Report on vaccination in Madras 1895-1903 - 1895-1903
Year: 1895
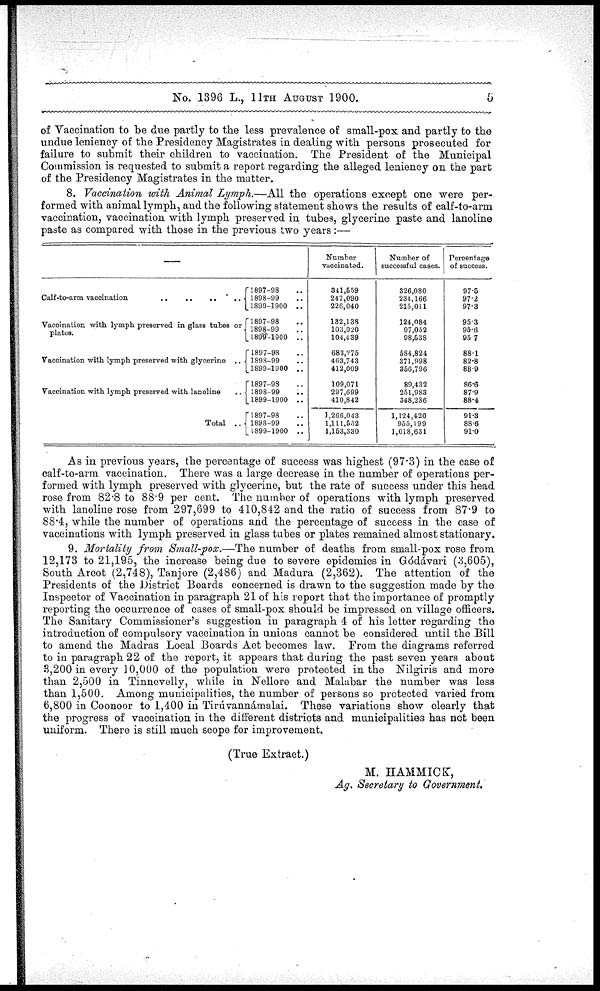
No. 1396 L., 11TH AUGUST 1900.
5
of Vaccination to be due partly to the less prevalence of small-pox and partly to the
undue leniency of the Presidency Magistrates in dealing with persons prosecuted for
failure to submit their children to vaccination. The President of the Municipal
Commission is requested to submit a report regarding the alleged leniency on the part
of the Presidency Magistrates in the matter.
8. Vaccination with Animal Lymph.—All the operations except one were per-
formed with animal lymph, and the following statement shows the results of calf-to-arm
vaccination, vaccination with lymph preserved in tubes, glycerine paste and lanoline
paste as compared with those in the previous two years:—
—
Vaccination with lymph preserved in glass tabes or
plates.
Vaccination with lymph preserved with glycerine ..
Vaccination with lymph preserved with lanoline
Total ..
1897-98 ..
1898-99 ..
1899-1900 ..
1897-98 ..
1898-99 ..
1899-1900 ..
1897-98 ..
1898-99 ..
1899-1900 ..
1897-93 ..
1898-99 ..
1899-1900 ..
1897-98 ..
1898-99 ..
1899-1900 ..
Number
vaccinated.
341,559
247,090
226,040
182,138
103,020
104,439
683,275
463,743
412,009
109,071
297,699
410,842
1,266,043
1,111,652
1,153,330
Number of
successful cases.
326,080
234,166
215,011
124,084
97,052
98,538
684,824
371,998
356,796
89,432
251,983
348,236
1,124,420
955,199
1,018,631
Percentage
of success.
97.6
97.2
97.3
95.3
96.6
95.7
88.1
82.8
88.9
86.6
87.9
88.4
91.3
88.6
91.0
As in previous years, the percentage of success was highest (97.3) in the case of
calf-to-arm vaccination. There was a large decrease in the number of operations per-
formed with lymph preserved with glycerine, but the rate of success under this head
rose from 82.8 to 88.9 per cent. The number of operations with lymph preserved
with lanoline rose from 297,699 to 410,842 and the ratio of success from 87.9 to
88.4, while the number of operations and the percentage of success in the case of
vaccinations with lymph preserved in glass tubes or plates remained almost stationary.
9. Mortality from Small-pox.—The number of deaths from small-pox rose from
12,173 to 21,195, the increase being due to severe epidemics in Gódávari (3,605),
South Arcot (2,748), Tanjore (2,486) and Madura (2,362). The attention of the
Presidents of the District Boards concerned is drawn to the suggestion made by the
Inspector of Vaccination in paragraph 21 of his report that the importance of promptly
reporting the occurrence of cases of small-pox should be impressed on village officers.
The Sanitary Commissioner's suggestion in paragraph 4 of his letter regarding the
introduction of compulsory vaccination in unions cannot be considered until the Bill
to amend the Madras Local Boards Act becomes law. From the diagrams referred
to in paragraph 22 of the report, it appears that during the past seven years about
3,200 in every 10,000 of the population were protected in the Nilgiris and more
than 2,500 in Tinnevelly, while in Nellore and Malabar the number was less
than 1,500. Among municipalities, the number of persons so protected varied from
6,800 in Coonoor to 1,400 in Tirúvannámalai. These variations show clearly that
the progress of vaccination in the different districts and municipalities has not been
uniform. There is still much scope for improvement.
(True Extract.)
M. HAMMICK,
Ag. Secretary to Government.